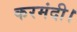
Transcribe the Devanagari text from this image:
करमंदी।